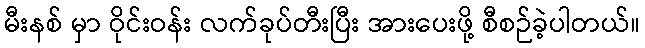
မီးနစ် မှာ ဝိုင်းဝန်း လက်ခုပ်တီးပြီး အားပေးဖို့ စီစဉ်ခဲ့ပါတယ်။